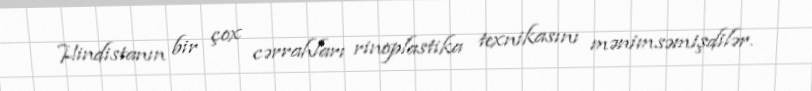
Hindistanın bir çox cərrahları rinoplastika texnikasını mənimsəmişdilər.